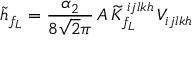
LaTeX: \tilde { h } _ { f _ { L } } = \frac { \alpha _ { 2 } } { 8 \sqrt { 2 } \pi } \, A \, { \widetilde K } _ { f _ { L } } ^ { \, i j l k h } \, V _ { i j l k h }